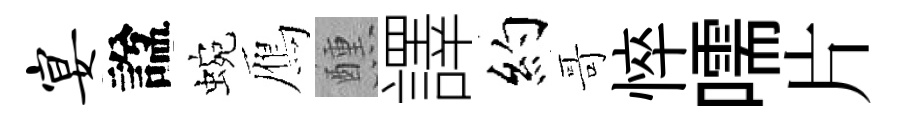
宴諡蜿鴈醺譯約哥悴嚅片